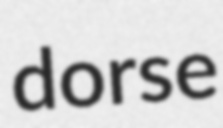
dorse